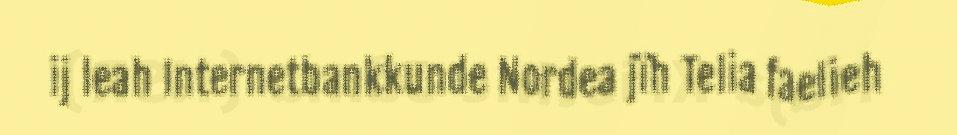
ij leah Internetbankkunde Nordea jïh Telia faelieh